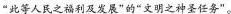
“此等人民之福利及发展”的“文明之神圣任务”。